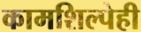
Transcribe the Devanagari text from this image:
कामशिल्पेही